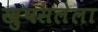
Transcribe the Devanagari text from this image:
खुपसलेला